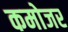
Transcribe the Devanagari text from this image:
कमोजर